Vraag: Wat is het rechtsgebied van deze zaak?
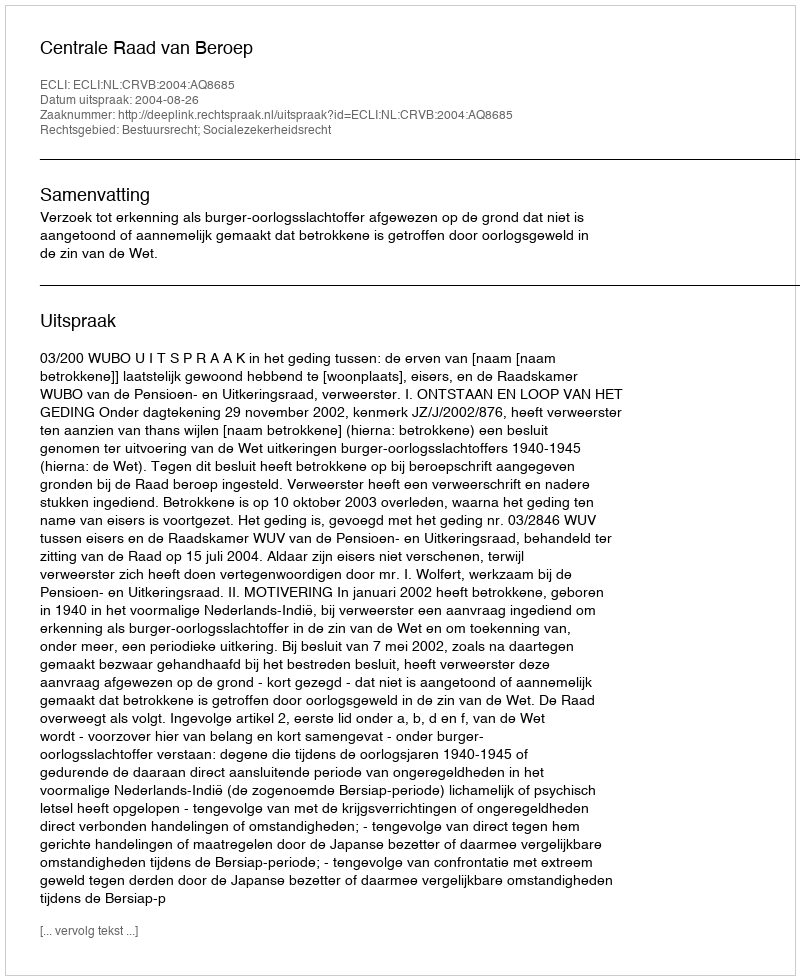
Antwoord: Bestuursrecht; Socialezekerheidsrecht